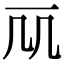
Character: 𠘲